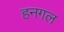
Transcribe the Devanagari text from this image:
हनगल